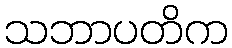
သဘာပတိက